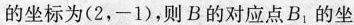
的坐标为(2，-1)，则B的对应点B_{1}的坐